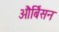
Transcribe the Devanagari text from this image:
और्बिसन